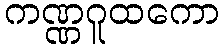
ကဏ္ဏဂူထကော